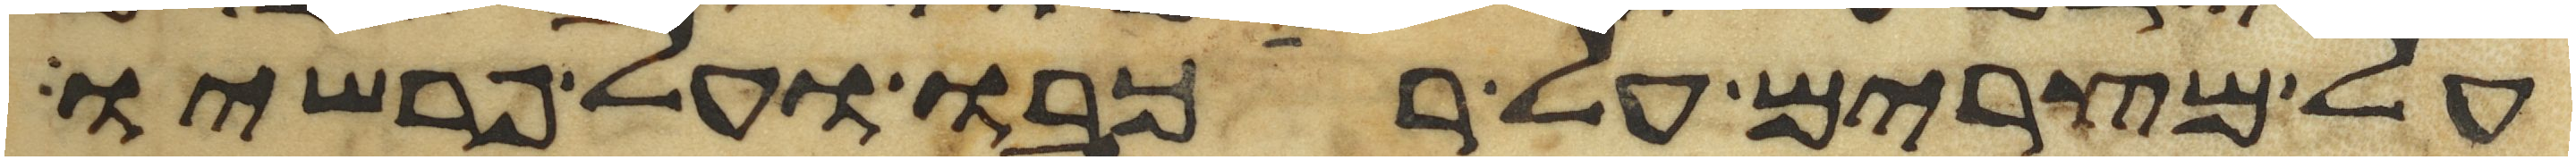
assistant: על מצרים על רכבו ועל פרשיו